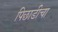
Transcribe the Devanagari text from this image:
पिछाडीचा